system: You are a helpful assistant.
user:
Analyze the provided spectrum to determine if it is a **S-type Star**.

- **Key Indicators for S-type Star:**

    - **(Overall Spectrum Shape):** The first and most obvious characteristic is the overall continuum (the "baseline" shape). It is **extremely "red-sloping,"** meaning the flux (light intensity) is very low on the left side (blue, ~4000-4500 Å) and rises steeply and continuously toward the right side (red, ~7000 Å+).

    - **(Primary):** The spectrum is defined by the presence of strong, broad molecular absorption "valleys" (bands) from **Zirconium Oxide (ZrO)**. The identification of these bands is the **primary requirement** for classifying a star as S-type.
        - **(Key Bandheads):** You must find distinct, deep "dips" where the light has been absorbed. The most critical band systems to locate are:
            - **~6474 Å** ($\gamma$-system): This is often the strongest and clearest ZrO feature, found in the red part of the spectrum.
            - **~5718 Å** & **~5551 Å** ($\beta$-system): A pair of prominent absorption features in the yellow-orange part of the spectrum.
            - **~4640 Å** ($\alpha$-system): A key absorption band system in the blue-green region of the spectrum.

    - **(Secondary Confirmation):** The classification is strengthened by finding additional absorption bands from other related heavy element oxides, which are expected to be present alongside ZrO.
        - **(Key Bandheads):**
            - **Yttrium Oxide (YO):** Look for absorption dips near **~4800 Å** and **~6100 Å**.
            - **Lanthanum Oxide (LaO):** Additional absorption features, particularly in the red-orange part of the spectrum, are also characteristic.

    - **(Line Profile):** The combination of the steep red continuum and these numerous, deep molecular bands (ZrO, YO, etc.) gives the entire spectrum a very **"chopped-up"** or **"bumpy"** appearance. Instead of a smooth curve, the spectrum looks as though large, wide chunks of light have been "carved out" of it at the specific wavelengths listed above.

Think first, call **spectral_visualization_tool** if needed to examine features in detail, then provide your final answer. Your response must adhere to the following strict rules:
1.  **Overall Structure:** Your response must follow the format `<think>...</think> <tool_call>...</tool_call> (if a tool is used) <answer>...</answer>`.
2.  **Tool Usage Constraint:** You may only make **one** tool call per turn.
3.  **Final Answer Format:** In the `<answer>` tag, your conclusion must be inside a `\boxed{}` command (e.g., `\boxed{YES}` or `\boxed{NO}`), followed by your justification.

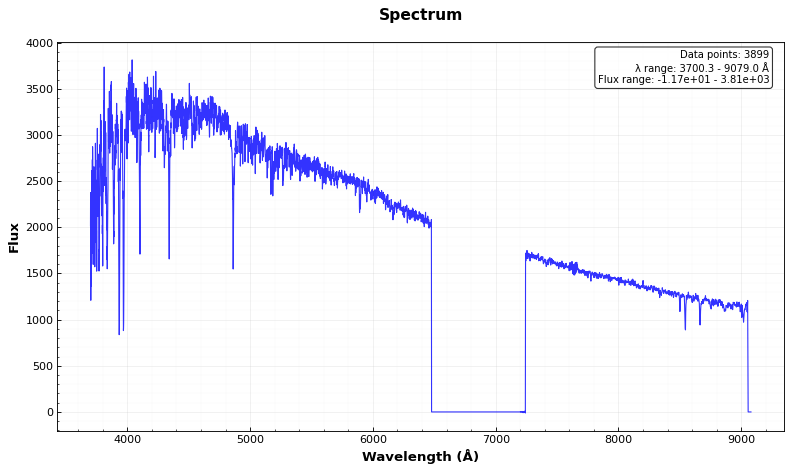
Answer: NO